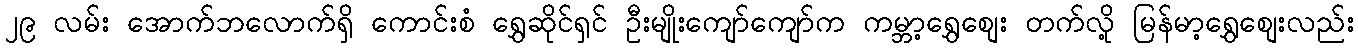
၂၉ လမ်း အောက်ဘလောက်ရှိ ကောင်းစံ ရွှေဆိုင်ရှင် ဦးမျိုးကျော်ကျော်က ကမ္ဘာ့ရွှေစျေး တက်လို့ မြန်မာ့ရွှေစျေးလည်း